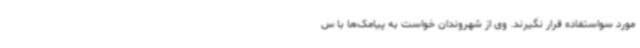
مورد سواستفاده قرار نگیرند. وی از شهروندان خواست به پیامک‌ها با س